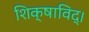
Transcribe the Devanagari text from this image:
शिक्षाविद्।